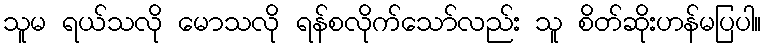
သူမ ရယ်သလို မောသလို ရန်စလိုက်သော်လည်း သူ စိတ်ဆိုးဟန်မပြပါ။